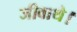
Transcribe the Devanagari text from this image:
जीवाथे।